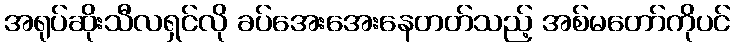
အရုပ်ဆိုးသီလရှင်လို ခပ်အေးအေးနေတတ်သည့် အစ်မတော်ကိုပင်